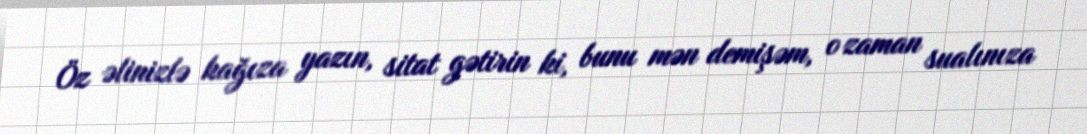
Öz əlinizlə kağıza yazın, sitat gətirin ki, bunu mən demişəm, o zaman sualınıza